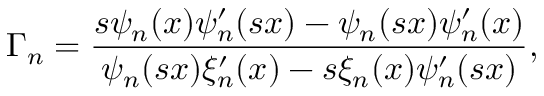
\Gamma _ { n } = \frac { s \psi _ { n } ( x ) \psi _ { n } ^ { \prime } ( s x ) - \psi _ { n } ( s x ) \psi _ { n } ^ { \prime } ( x ) } { \psi _ { n } ( s x ) \xi _ { n } ^ { \prime } ( x ) - s \xi _ { n } ( x ) \psi _ { n } ^ { \prime } ( s x ) } ,